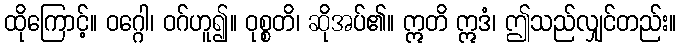
ထိုကြောင့်။ ဝဂ္ဂေါ၊ ဝဂ်ဟူ၍။ ဝုစ္စတိ၊ ဆိုအပ်၏။ ဣတိ ဣဒံ၊ ဤသည်လျှင်တည်း။